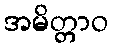
အမိတ္တာဝ